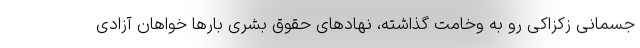
جسمانی زکزاکی رو به وخامت گذاشته، نهادهای حقوق بشری بارها خواهان آزادی